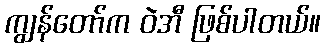
ကျွန်တော်က ဝဲအီ ဖြစ်ပါတယ်။